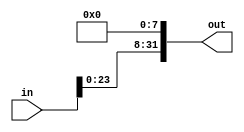
module lls8(out, in);
	input [31:0] in;
	
	output [31:0] out;
	
	genvar i;
	generate
		for(i = 8; i < 32; i=i+1) begin: loop1
			assign out[i] = in[i-8];
		end
	endgenerate
	generate
		for(i = 0; i < 8; i=i+1) begin: loop2
			assign out[i] = 1'b0;
		end
	endgenerate
	
endmodule